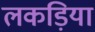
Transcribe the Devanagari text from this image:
लकड़िया